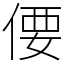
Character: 偠